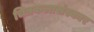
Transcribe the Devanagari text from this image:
चित्रकलासंस्कार